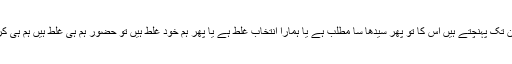
تو جناب یہ لوگ ہمارے ہی دیئے ہوے ووٹوں سے ایوان تک پہنچتے ہیں اس کا تو پھر سیدھا سا مطلب ہے یا ہمارا انتخاب غلط ہے یا پھر ہم خود غلط ہیں تو حضور ہم ہی غلط ہیں ہم ہی کرپٹ ہیں ایک کرپٹ آدمی کا انتخاب بھی کرپٹ ہی ہے۔